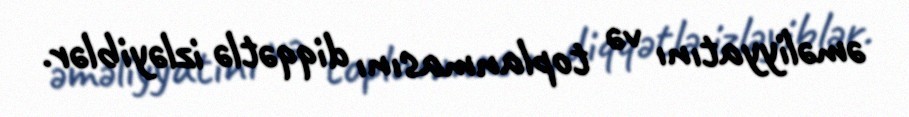
əməliyyatını və toplanmasını diqqətlə izləyiblər.